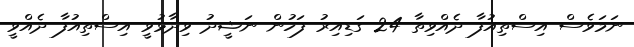
ނަމަވެސް އިސްތިއުފާ ދެއްވިތާ 24 ގަޑިއިރު ފަހުން ނަޝީދު ވިދާޅުވީ އިސްތިއުފާ ދެއްވީ